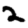
Digit: 2